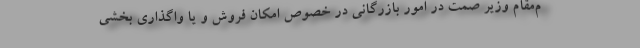
م‌مقام وزیر صمت در امور بازرگانی در خصوص امکان فروش و یا واگذاری بخشی